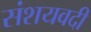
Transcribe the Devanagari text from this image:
संशयवदी